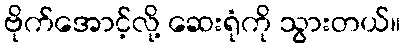
ဗိုက်အောင့်လို့ ဆေးရုံကို သွားတယ်။